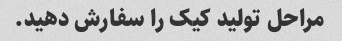
مراحل تولید کیک را سفارش دهید.